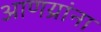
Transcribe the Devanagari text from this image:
आणय्रांना